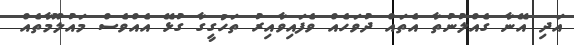
އަދި އޭނާ ގެއްލުނުތާ އެތައް ދުވަހެއް ވެފައިވާއިރު ތަހުގީގާ ގުޅޭ އެއްވެސް މައުލޫމާތެއް